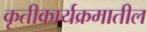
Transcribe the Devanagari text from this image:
कृतीकार्यक्रमातील